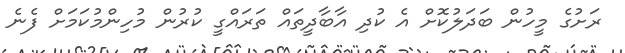
ރަށުގެ މީހުން ބަދަލުކޮށް އެ ކުދި އާބާދީތައް ތަރައްގީ ކުރުން މުހިންމުކަމަށް ފެނެ